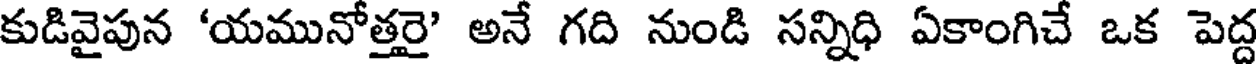
కుడివైపున 'యమునోత్తరై' అనే గది నుండి సన్నిధి ఏకాంగిచే ఒక పెద్ద